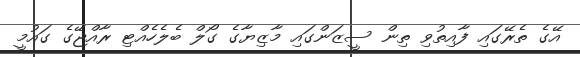
އޭގެ ތެރޭގައި ފާއިތުވި ތިން ސީޒަންގައި މާޒިޔާގެ ގޯލް ބެލެހެއްޓި ރާއްޖޭގެ ގައުމީ